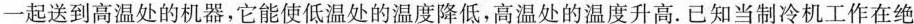
一起送到高温处的机器，它能使低温处的温度降低，高温处的温度升高。已知当制冷机工作在绝